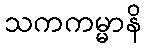
သကကမ္မာနိ